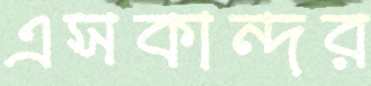
এসকান্দর